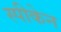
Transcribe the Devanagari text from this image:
स्पीकेन